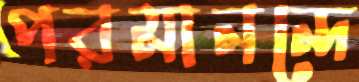
পরমানন্দে